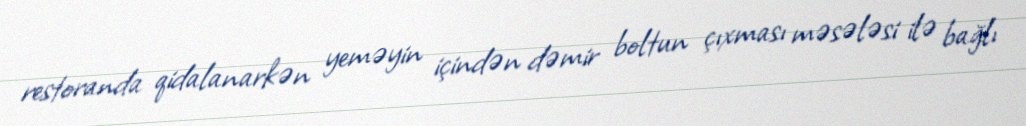
restoranda qidalanarkən yeməyin içindən dəmir boltun çıxması məsələsi ilə bağlı